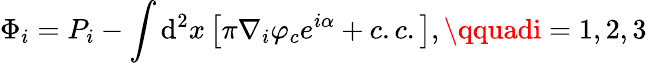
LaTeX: \Phi_{i}=P_{i}-\int\mathrm{d}^{2}x\left[\pi\nabla_{i}\varphi_{c}e^{i\alpha}+c.c.\right],\qquadi=1,2,3